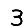
Digit: 3